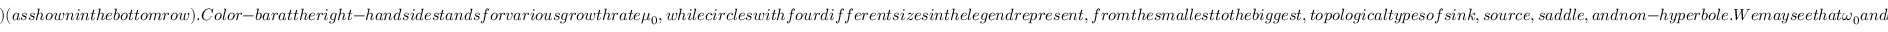
) ( a s s h o w n i n t h e b o t t o m r o w ) . C o l o r - b a r a t t h e r i g h t - h a n d s i d e s t a n d s f o r v a r i o u s g r o w t h r a t e \mu _ { 0 } , w h i l e c i r c l e s w i t h f o u r d i f f e r e n t s i z e s i n t h e l e g e n d r e p r e s e n t , f r o m t h e s m a l l e s t t o t h e b i g g e s t , t o p o l o g i c a l t y p e s o f s i n k , s o u r c e , s a d d l e , a n d n o n - h y p e r b o l e . W e m a y s e e t h a t \omega _ { 0 } a n d \omega _ { 1 } a t t h e f i x e d p o i n t s E _ { 1 } ^ { \prime } w e r e p u r e r e a l n u m b e r s w i t h a b s o l u t e v a l u e s g r e a t e r t h a n 1 , m a k i n g t h e f i x e d p o i n t a s o u r c e f o r a l l \mu _ { 0 } . W h i l e \omega _ { 0 } a n d \omega _ { 1 } a t t h e f i x e d p o i n t s E _ { 2 } ^ { \prime } w e r e a l s o p u r e r e a l n u m b e r s , t h e a b s o l u t e v a l u e s v a r y a c r o s s 1 , m a k i n g t h e f i x e d p o i n t E _ { 2 } ^ { \prime } t o p o l o g i c a l t y p e s o f s i n k , s o u r c e , a n d s a d d l e , w i t h p o s s i b l e n o n - h y p e r b o l e s o c c u r r i n g a t e i t h e r l o w \mu _ { 0 } = 1 o r h i g h \mu _ { 0 } = 3 . 7 5 i f w e a p p l y T h e o r e m